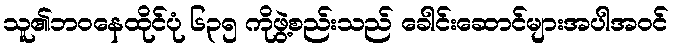
သူ၏ဘဝနေထိုင်ပုံ ၆၃၅ ကိုဖွဲ့စည်းသည် ခေါင်းဆောင်များအပါအဝင်